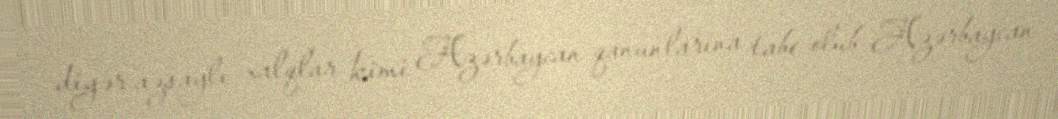
digər azsaylı xalqlar kimi Azərbaycan qanunlarına tabe olub Azərbaycan